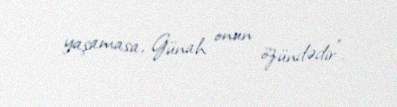
yaşamasa, Günah onun özündədir”.